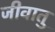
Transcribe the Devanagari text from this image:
जीवातु